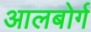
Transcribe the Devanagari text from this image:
आलबोर्ग